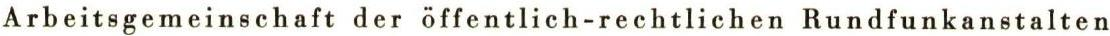
Arbeitsgemeinschaft der öffentlich-rechtlichen Rundfunkanstalten